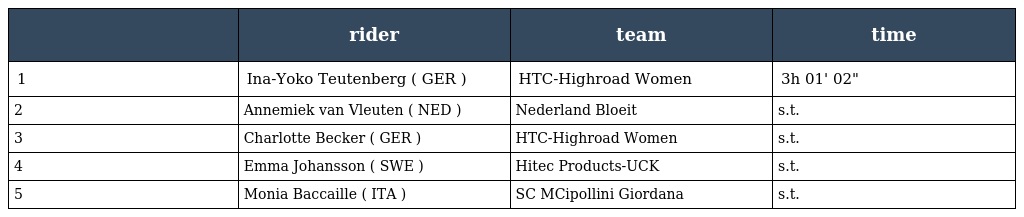
|  | rider | team | time |
 | --- | --- | --- | --- |
 | 1 | Ina-Yoko Teutenberg ( GER ) | HTC-Highroad Women | 3h 01' 02" |
 | 2 | Annemiek van Vleuten ( NED ) | Nederland Bloeit | s.t. |
 | 3 | Charlotte Becker ( GER ) | HTC-Highroad Women | s.t. |
 | 4 | Emma Johansson ( SWE ) | Hitec Products-UCK | s.t. |
 | 5 | Monia Baccaille ( ITA ) | SC MCipollini Giordana | s.t. |